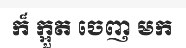
ក៏ ក្អួត ចេញ មក